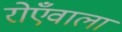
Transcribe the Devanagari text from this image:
रोएँवाला